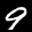
Label: 9